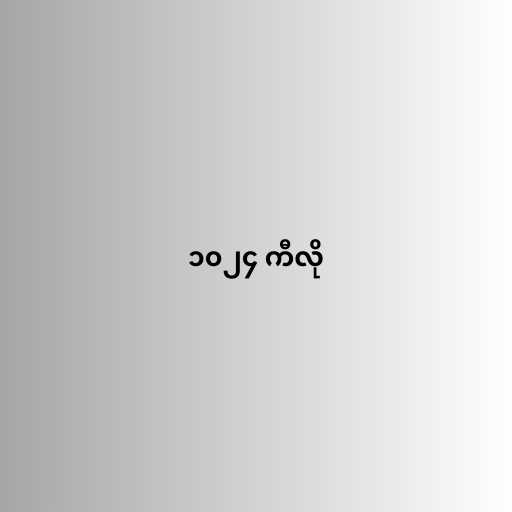
၁၀၂၄ ကီလို